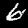
Digit: 6